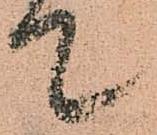
て